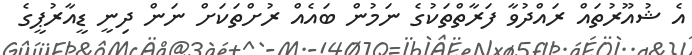
އެ ޝުއޫރުތައް ރައްދުވާ ފަރާތްތަކުގެ ނަމުން ބައެއް ރުށްތަކަށް ނަން ދިނީ ޑީއާރުޕީގެ